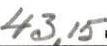
43,15